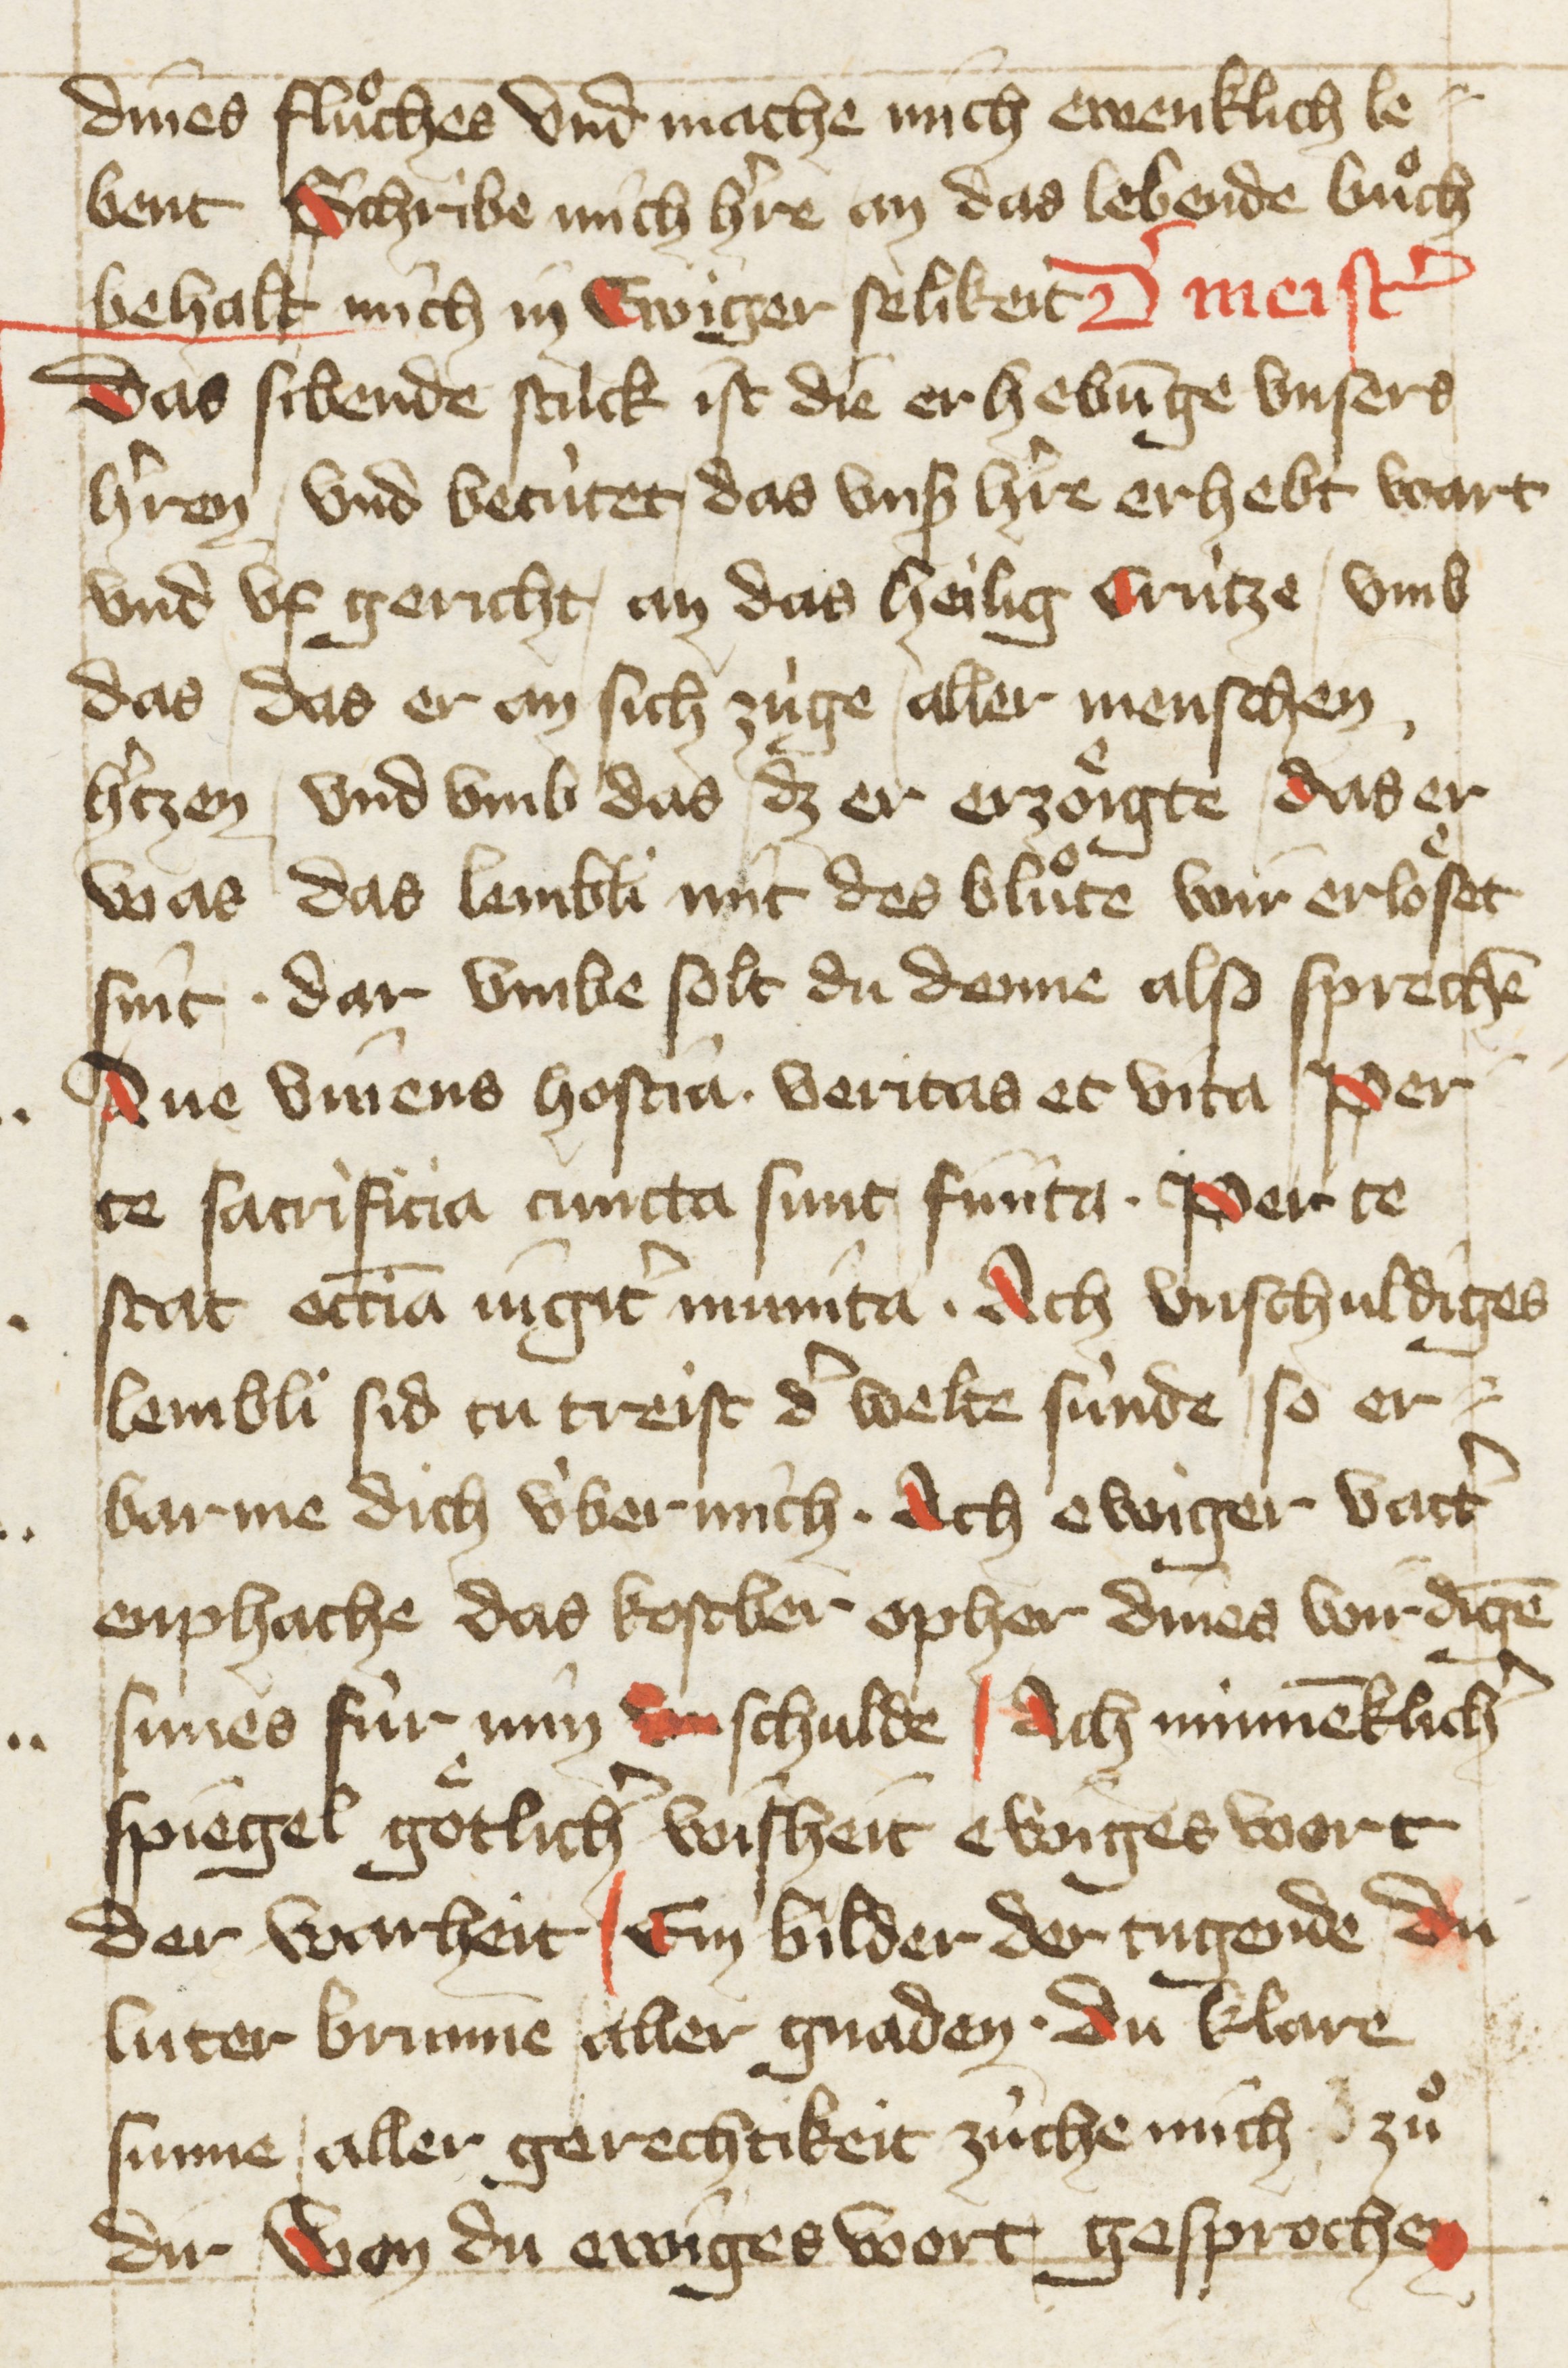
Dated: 1396–1403